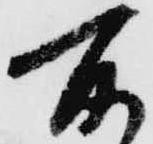
所